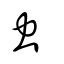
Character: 虫